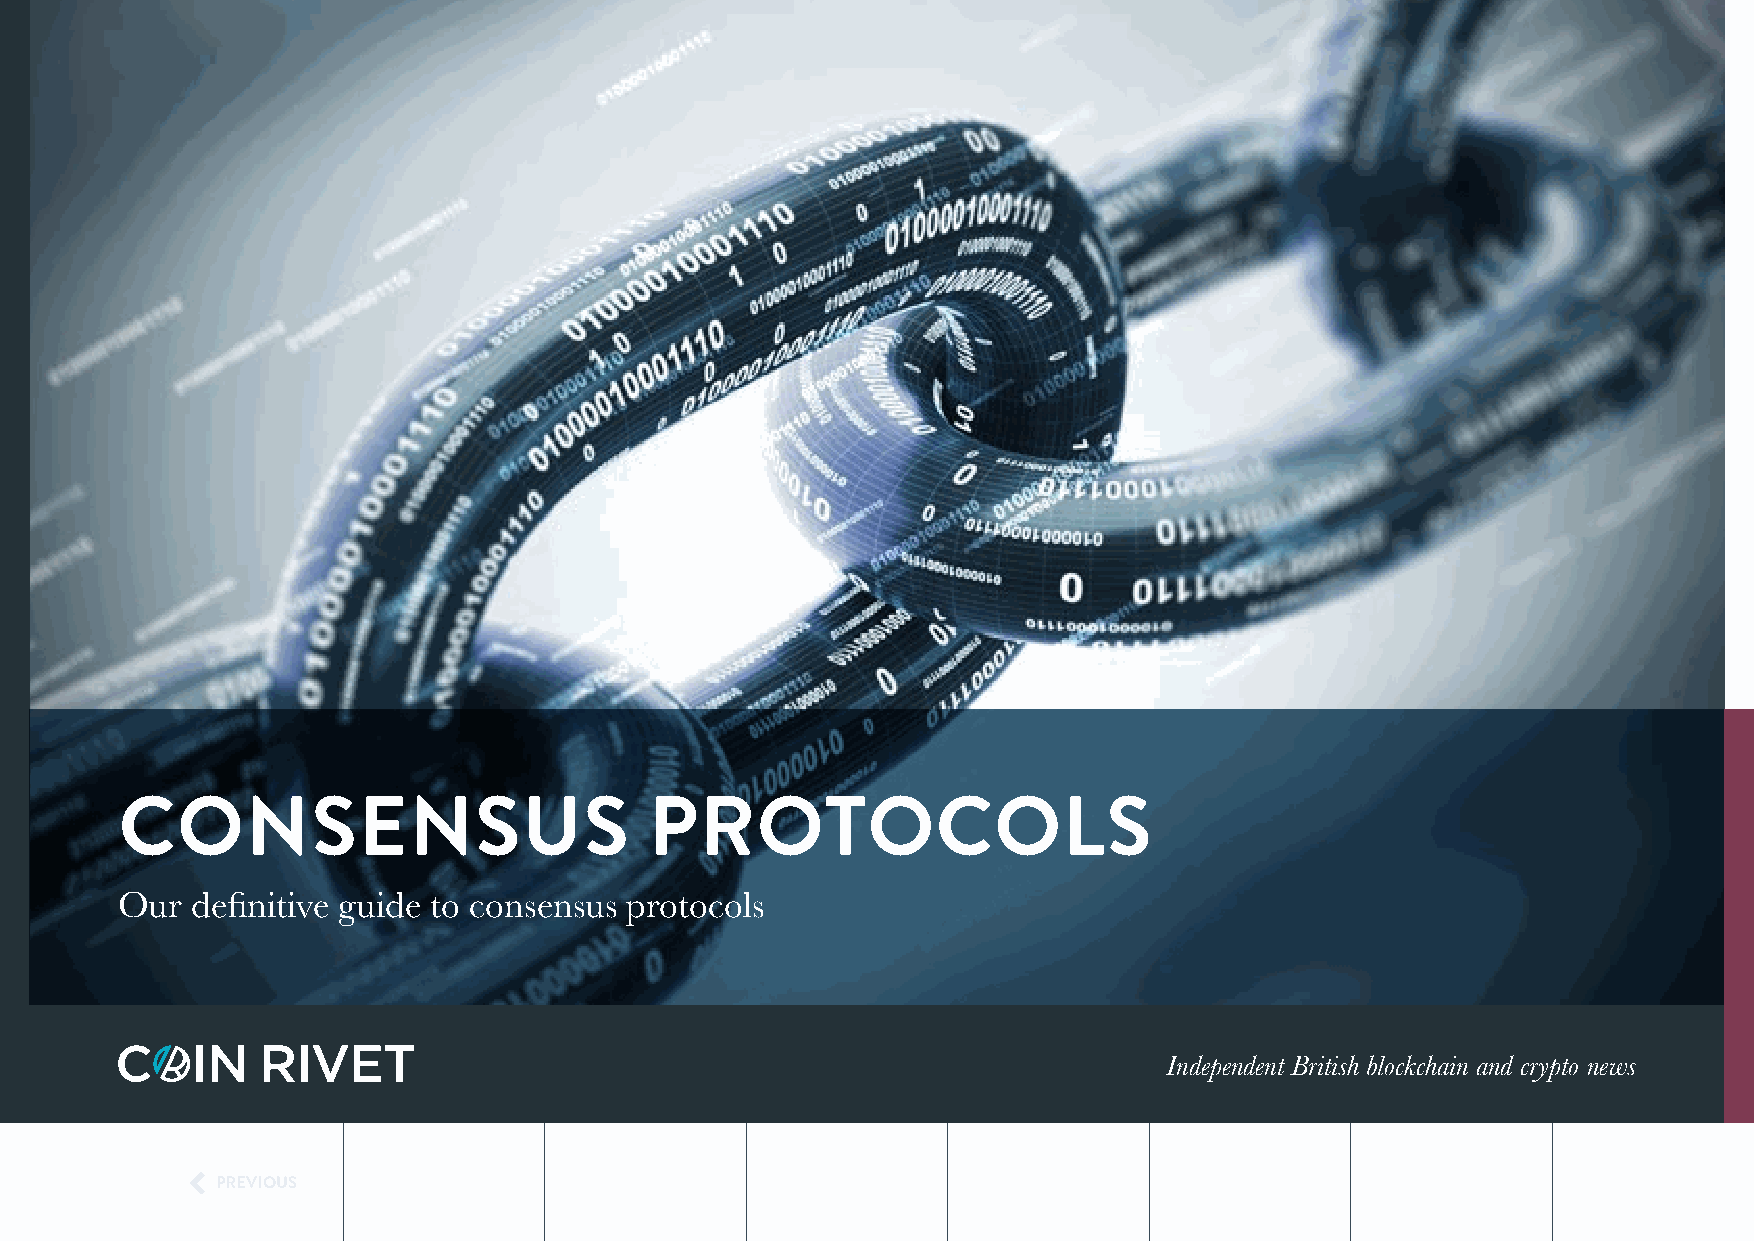
CONSENSUS                          PROTOCOLS
 Our  definitive guide to consensus protocols
 Independent British blockchain and crypto news
 
 PREVIOUS